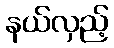
နယ်လှည့်